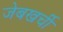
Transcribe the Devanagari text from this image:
जेबखर्ची